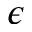
\epsilon